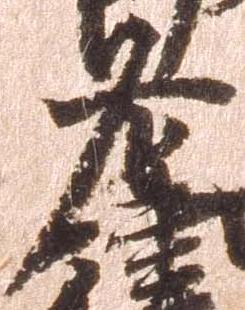
左